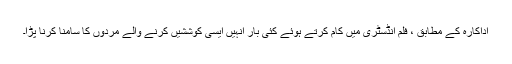
اداکارہ کے مطابق ، فلم انڈسٹری میں کام کرتے ہوئے کئی بار انہیں ایسی کوششیں کرنے والے مردوں کا سامنا کرنا پڑا۔